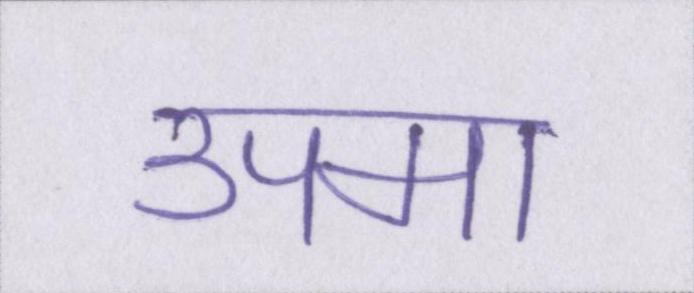
उपमा